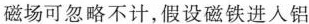
磁场可忽略不计，假设磁铁进入铝